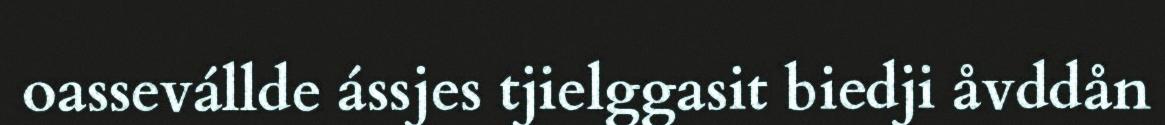
oassevállde ássjes tjielggasit biedji åvddån